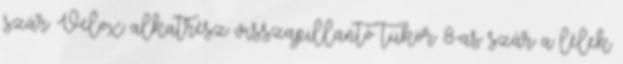
szár Velox alkatrész visszapillantó tükör 8-as szár a lélek